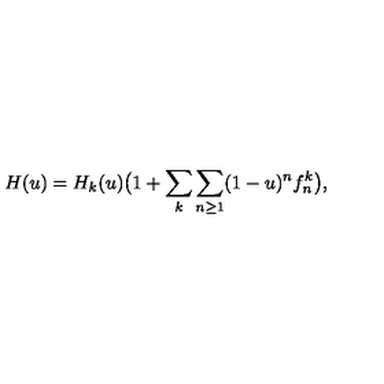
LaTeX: H ( u ) = H _ { k } ( u ) \big ( 1 + \sum _ { k } \sum _ { n \geq 1 } ( 1 - u ) ^ { n } f _ { n } ^ { k } \big ) ,